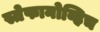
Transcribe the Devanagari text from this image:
स्तेफानोव्हिच